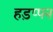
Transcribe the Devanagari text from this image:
हड़प्पन